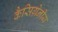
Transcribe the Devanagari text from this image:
कैसिग्रेनीय